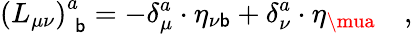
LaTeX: \left(L_{\mu\nu}\right)_{\; \mathsf{b}}^{a}=-\delta_{\mu}^{a}\cdot\eta_{\nu\mathsf{b}}+\delta_{\nu}^{a}\cdot\eta_{\mua}\quad,